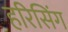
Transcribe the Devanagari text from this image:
हरिसिंग